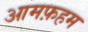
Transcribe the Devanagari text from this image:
आमफ़हम